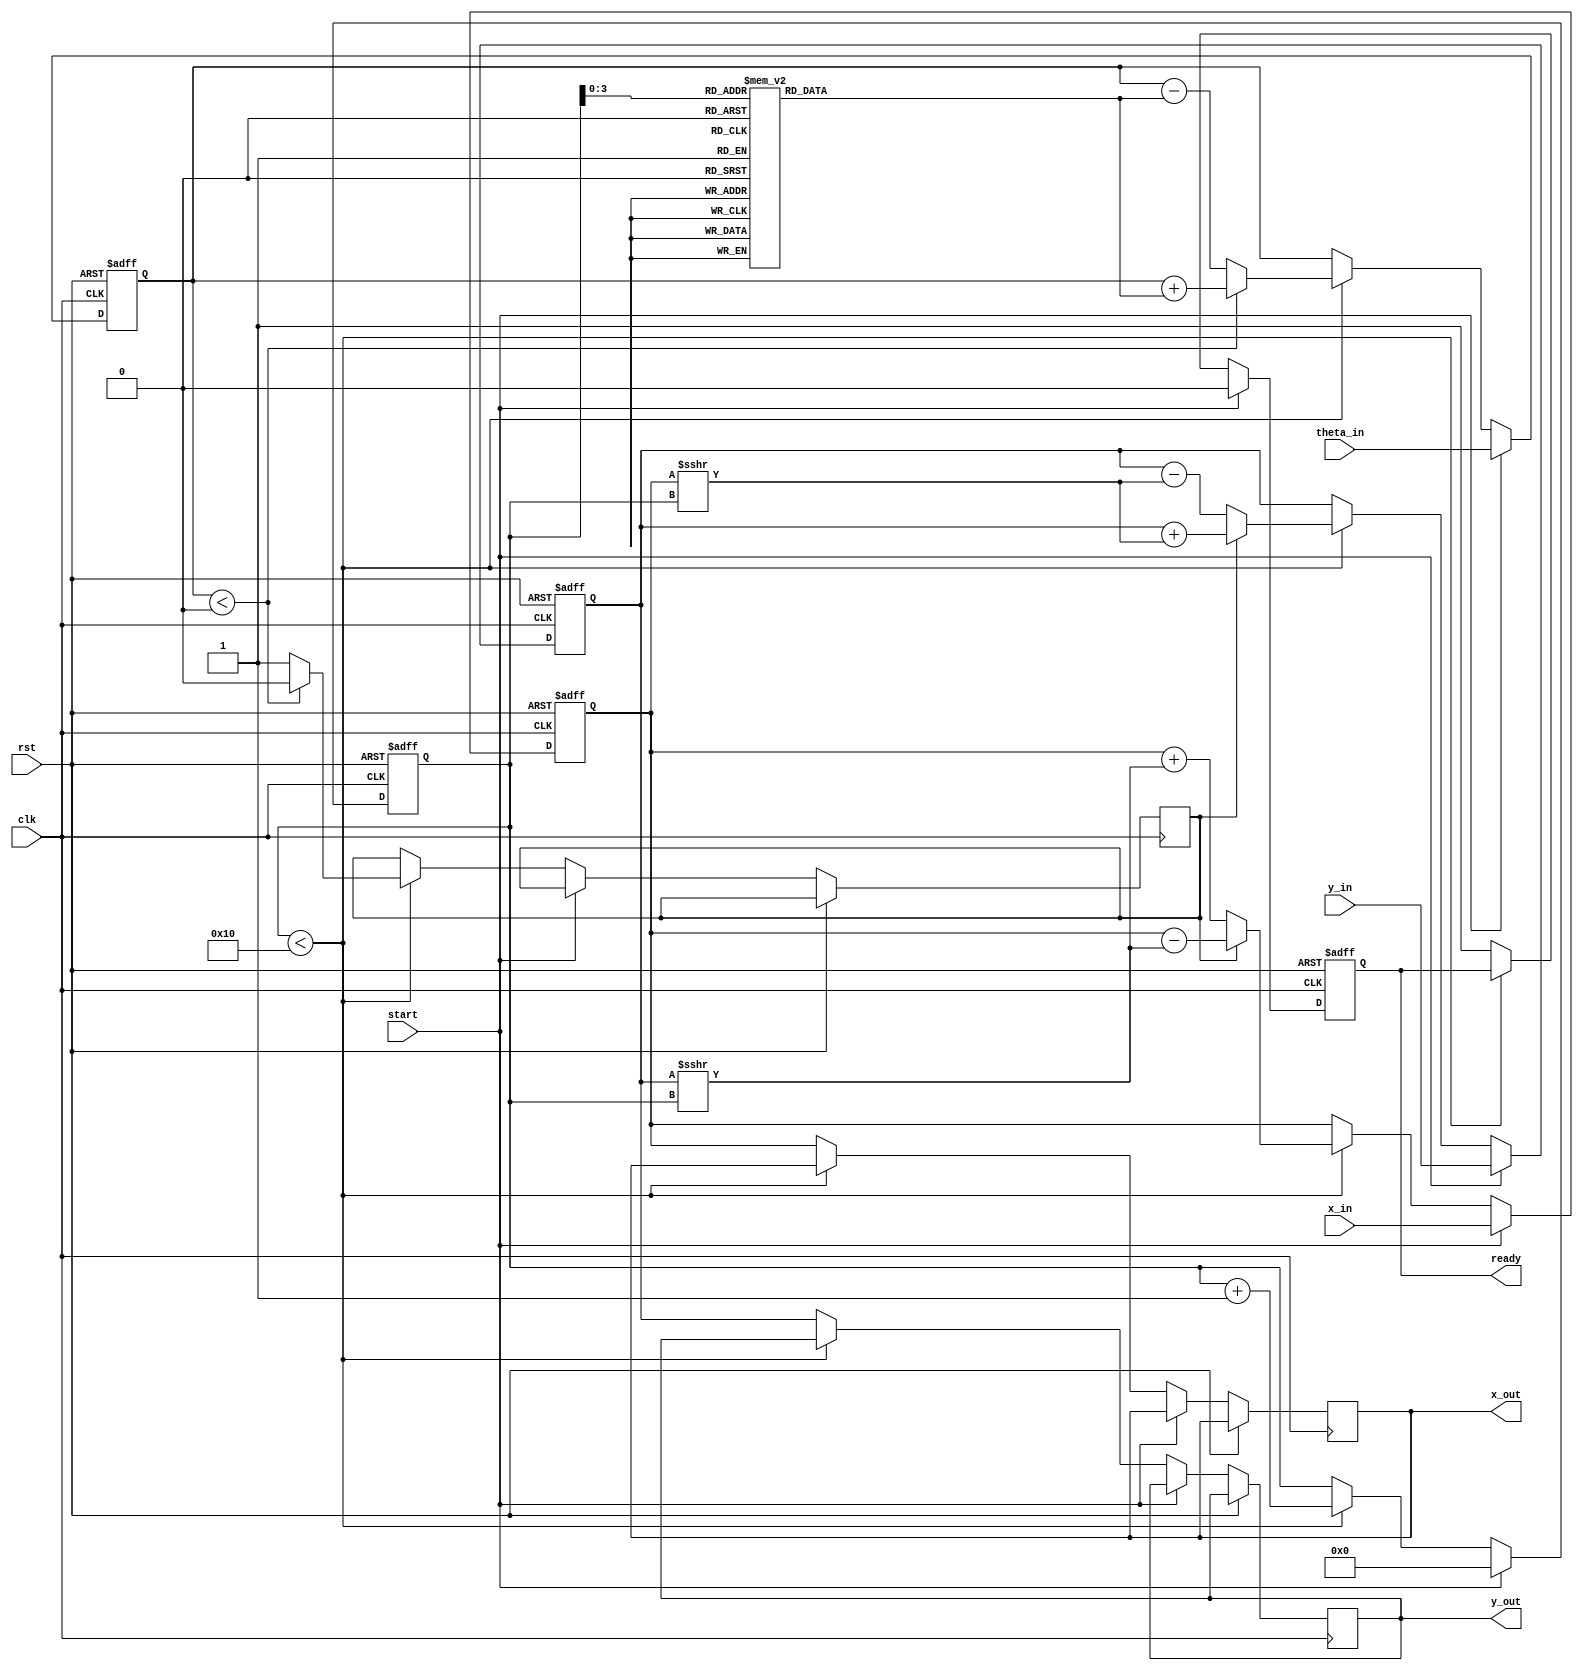
module unified_cordic #(
    parameter DATA_WIDTH = 16,
    parameter ITERATIONS = 16
)(
    input wire clk,
    input wire rst,
    input wire [DATA_WIDTH-1:0] x_in,
    input wire [DATA_WIDTH-1:0] y_in,
    input wire [DATA_WIDTH-1:0] theta_in,
    input wire start,
    output reg [DATA_WIDTH-1:0] x_out,
    output reg [DATA_WIDTH-1:0] y_out,
    output reg ready
);

    // Internal signals
    reg [DATA_WIDTH-1:0] x_reg, y_reg;
    reg [DATA_WIDTH-1:0] theta_reg;
    reg [4:0] iteration; // To count iterations
    reg [DATA_WIDTH-1:0] angle_table [0:ITERATIONS-1]; // Pre-computed arctan values
    reg direction; // Rotation direction: 1 for clockwise, 0 for counterclockwise

    // Initialize angle table
    initial begin
        angle_table[0] = 16'h3C90; // atan(1) in fixed-point
        angle_table[1] = 16'h3C23; // atan(0.5)
        angle_table[2] = 16'h3B9A; // atan(0.25)
        angle_table[3] = 16'h3B2D; // atan(0.125)
        // Populate the rest of the angle table as needed
    end

    // State machine for CORDIC operation
    always @(posedge clk or posedge rst) begin
        if (rst) begin
            x_reg <= 0;
            y_reg <= 0;
            theta_reg <= 0;
            iteration <= 0;
            ready <= 0;
        end else if (start) begin
            x_reg <= x_in;
            y_reg <= y_in;
            theta_reg <= theta_in;
            iteration <= 0;
            ready <= 0;
        end else if (iteration < ITERATIONS) begin
            if (theta_reg < 0) begin
                direction <= 0; // Counterclockwise
                theta_reg <= theta_reg + angle_table[iteration];
            end else begin
                direction <= 1; // Clockwise
                theta_reg <= theta_reg - angle_table[iteration];
            end

            // CORDIC rotation update
            if (direction) begin
                x_reg <= x_reg - (y_reg >>> iteration);
                y_reg <= y_reg + (x_reg >>> iteration);
            end else begin
                x_reg <= x_reg + (y_reg >>> iteration);
                y_reg <= y_reg - (x_reg >>> iteration);
            end

            iteration <= iteration + 1;
        end else begin
            x_out <= x_reg;
            y_out <= y_reg;
            ready <= 1;
        end
    end

endmodule